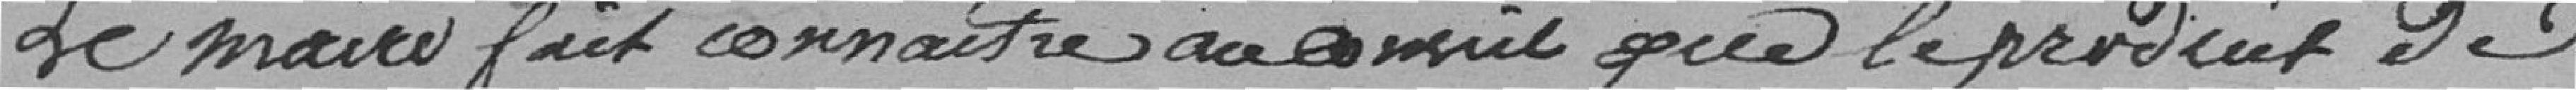
Le maire fait connaître au Conseil que le produit de